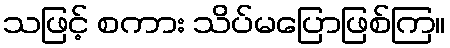
သဖြင့် စကား သိပ်မပြောဖြစ်ကြ။